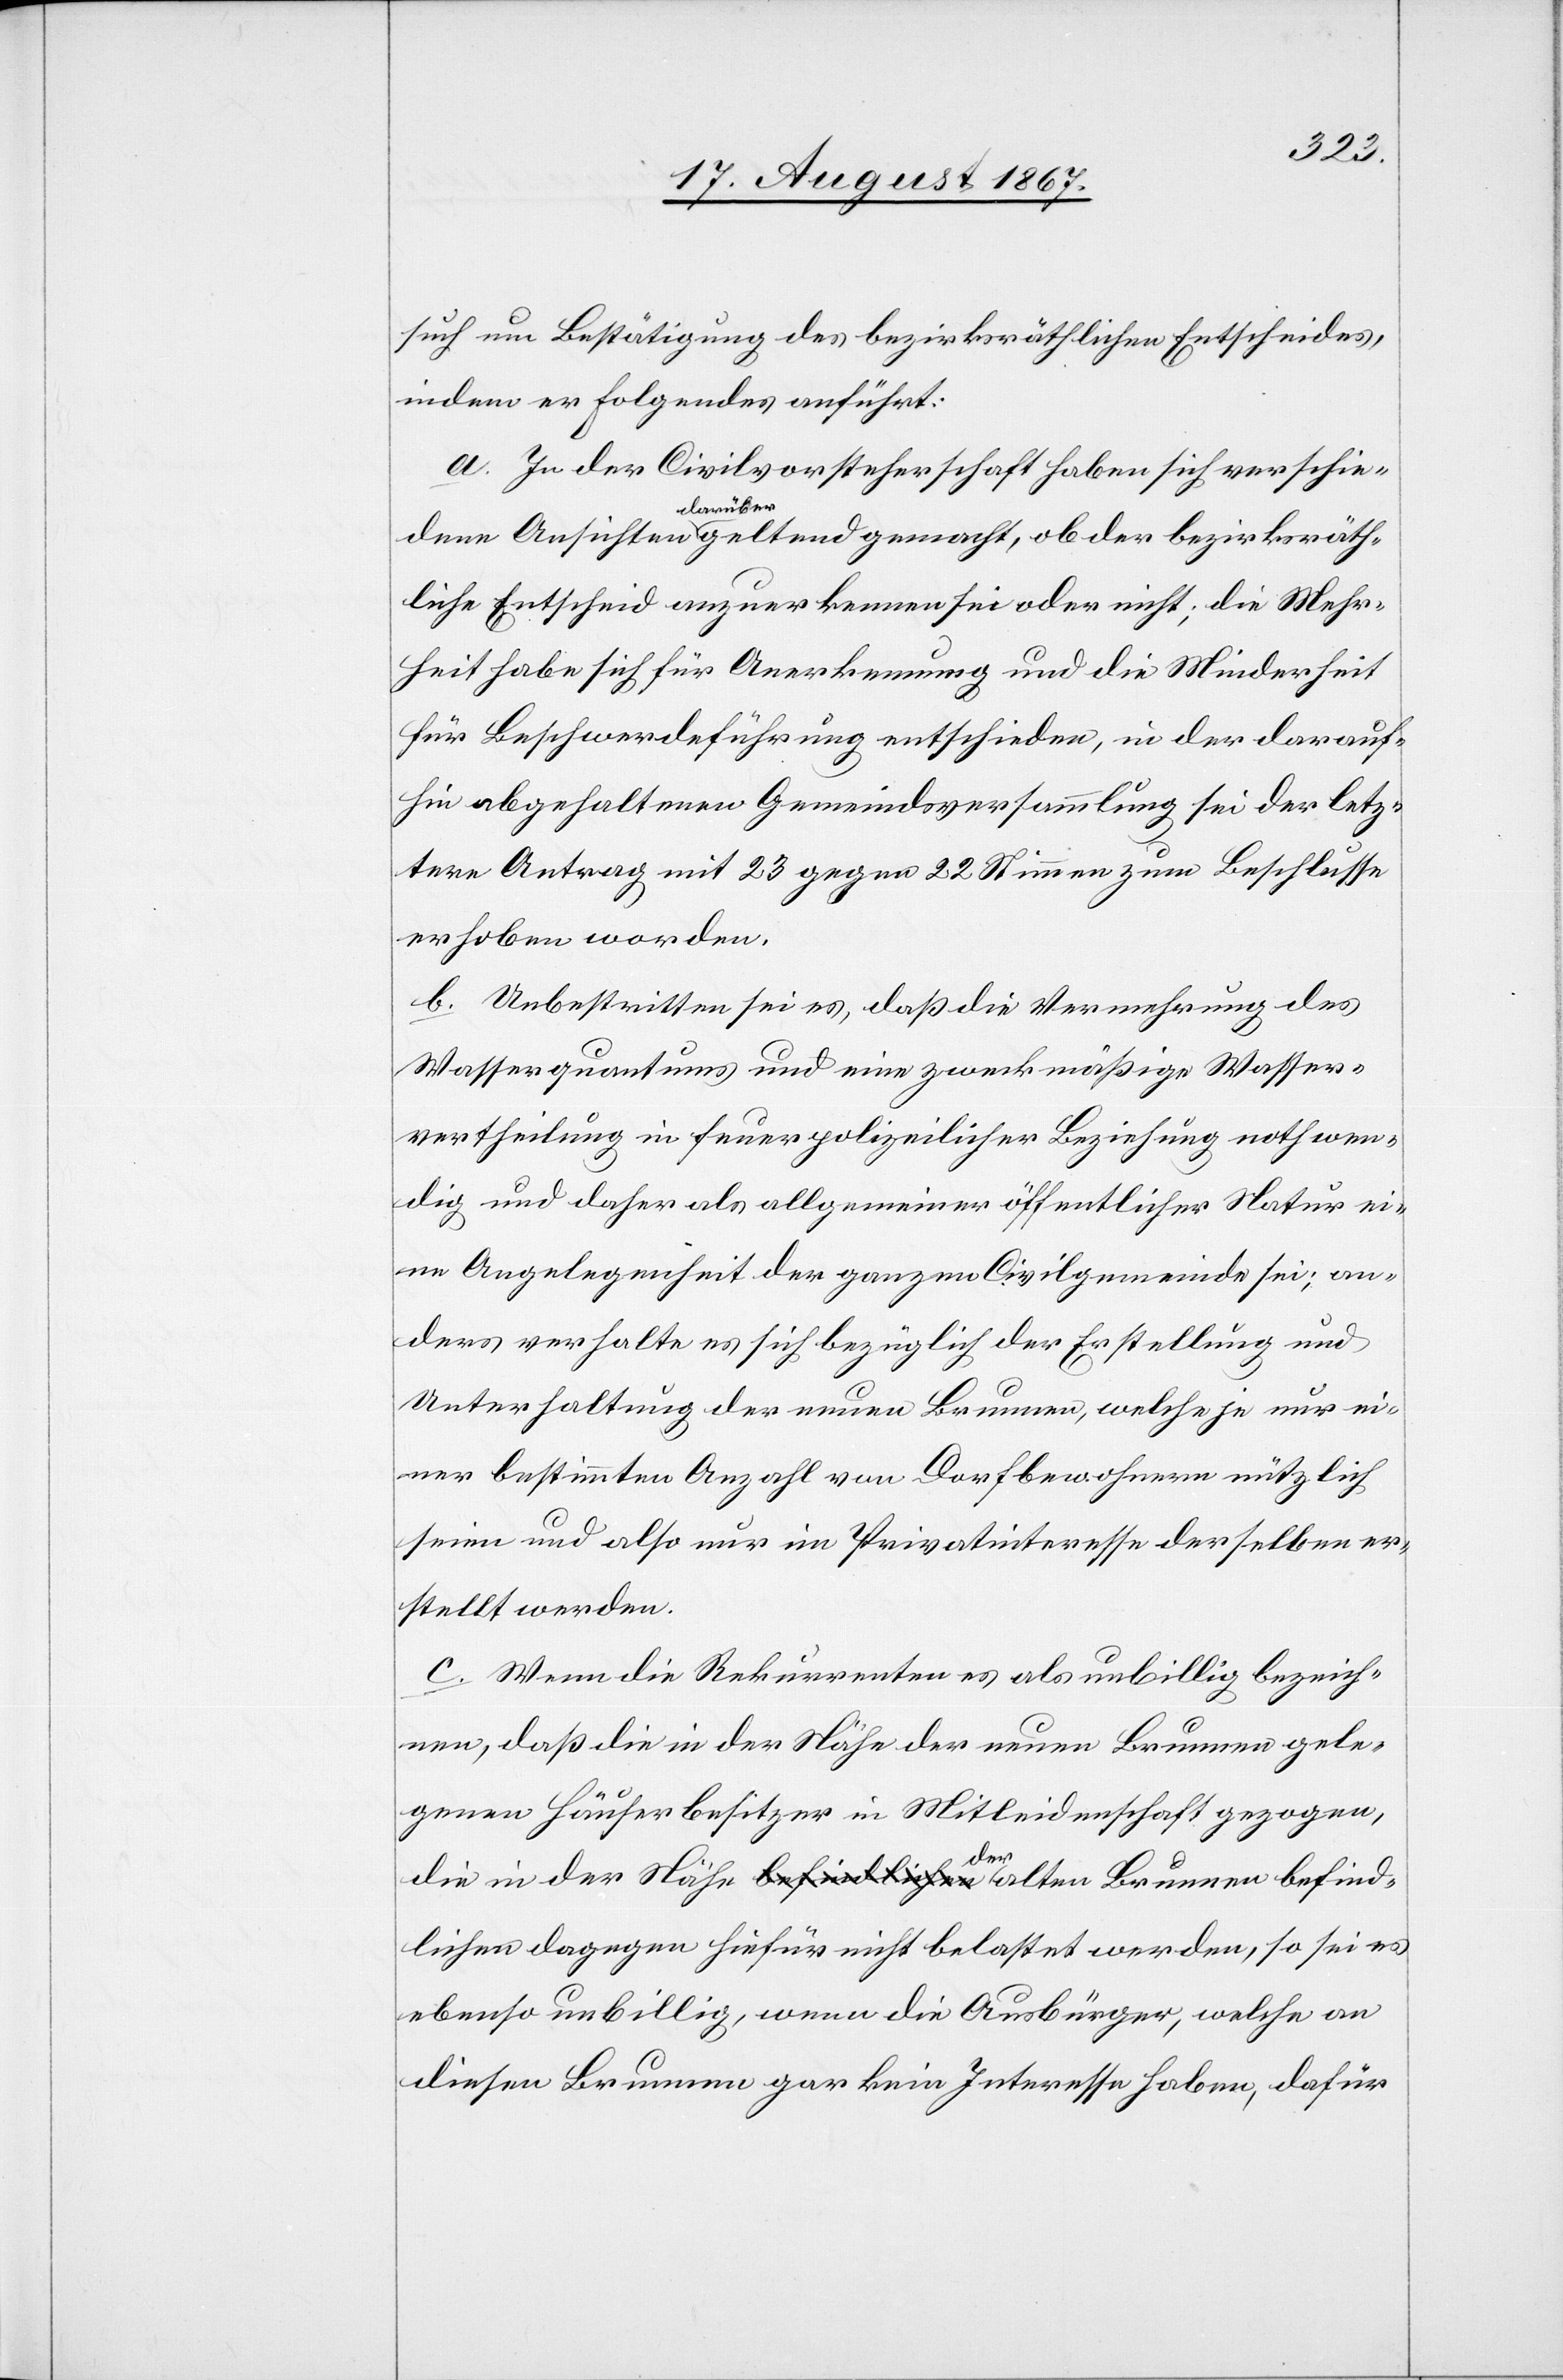
räth¬
such um Bestätigung des bezirksräthlichen Entscheides,
indem er Folgendes anführt:
a. In der Civilvorsteherschaft haben sich verschie¬
darüber
liche Entscheid anzuerkennen sei oder nicht; die Mehr¬
heit habe sich für Anerkennung entschieden, in der darauf¬
hin abgehaltenen Gemeindsversammlung sei der letz¬
tere Antrag mit 23 gegen 22 Stimmen zum Beschlusse
erhoben worden.
b. Unbestritten sei es, daß die Vermehrung des
Wasserquantums und eine zweckmäßige Wasser¬
vertheilung in feuerpolizeilicher Beziehung nothwen¬
dig und daher als allgemeiner öffentlicher Natur ei¬
ne Angelegenheit der ganzen Civilgemeinde sei; an¬
ders verhalte es sich bezüglich der Erstellung und
Unterhaltung der neuen Brunnen, welche je nur ei¬
ner bestimmten Anzahl von Dorfbewohnern nützlich
seien und also nur im Privatinteresse derselben er¬
stellt werden.
c. Wenn die Rekurrenten es als unbillig bezeich¬
nen, daß die in der Nähe der neuen Brunnen gele¬
genen Häuserbesitzer in Mitleidenschaft gezogen,
befind¬
lichen dagegen hiefür nicht belastet werden, so sei es
ebenso unbillig, wenn die Ausbürger, welche an
diesen Brunnen gar kein Interesse haben, dafür